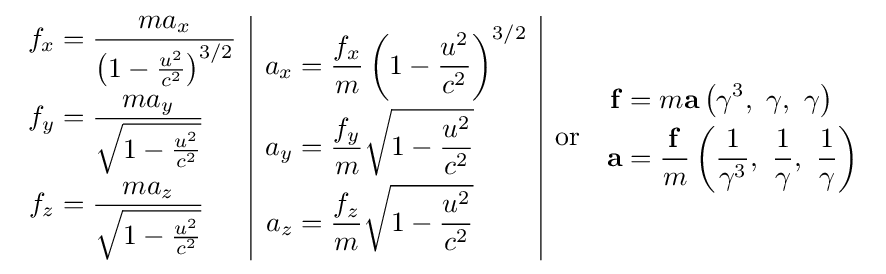
{\begin{array}{c|c|cc}{\begin{aligned}f_{x}&={\frac {ma_{x}}{\left(1-{\frac {u^{2}}{c^{2}}}\right)^{3/2}}}\\f_{y}&={\frac {ma_{y}}{\sqrt {1-{\frac {u^{2}}{c^{2}}}}}}\\f_{z}&={\frac {ma_{z}}{\sqrt {1-{\frac {u^{2}}{c^{2}}}}}}\end{aligned}}&{\begin{aligned}a_{x}&={\frac {f_{x}}{m}}\left(1-{\frac {u^{2}}{c^{2}}}\right)^{3/2}\\a_{y}&={\frac {f_{y}}{m}}{\sqrt {1-{\frac {u^{2}}{c^{2}}}}}\\a_{z}&={\frac {f_{z}}{m}}{\sqrt {1-{\frac {u^{2}}{c^{2}}}}}\end{aligned}}&{\text{or}}&{\begin{aligned}\mathbf {f} &=m\mathbf {a} \left(\gamma ^{3},\ \gamma ,\ \gamma \right)\\\mathbf {a} &={\frac {\mathbf {f} }{m}}\left({\frac {1}{\gamma ^{3}}},\ {\frac {1}{\gamma }},\ {\frac {1}{\gamma }}\right)\end{aligned}}\end{array}}